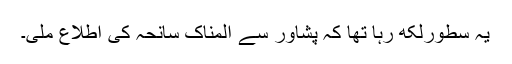
یہ سطورلکھ رہا تھا کہ پشاور سے المناک سانحہ کی اطلاع ملی۔